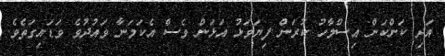
އަދި ކަންކަން އިސްލާހު ކުރަން ފިޔަވަޅު އަޅަން ވެސް އެކަމަނާ ވައުދުވެ ވަޑައިގަތެވެ.